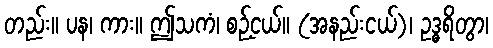
တည်း။ ပန၊ ကား။ ဤသကံ၊ စဉ့်ငယ်။ (အနည်းငယ်)၊ ဥဒ္ဓရိတွာ၊